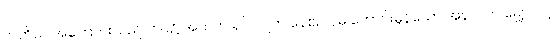
တတိယ အကြောင်းသည် ဘဝ၌ အသက် ရှင် လျက် နေစဉ် ပိုမို ကောင်းမွန်သော အနာဂတ် မျှော်လင့်